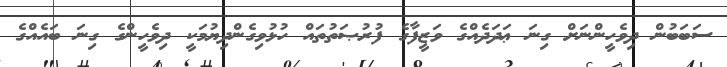
ސަބަބުން ދިވެހީންނަށް ގިނަ ޢަދަދެއްގެ ވަޒީފާގެ ފުރުޞަތުތައް ހުޅުވިގެންދިޔުމަކީ ދިވެހީންގެ ގިނަ ބައެއްގެ